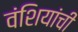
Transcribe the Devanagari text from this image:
वंशियांची